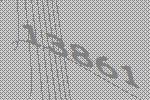
13861